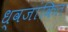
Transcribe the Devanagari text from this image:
ध्वजांकित